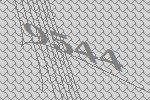
9544